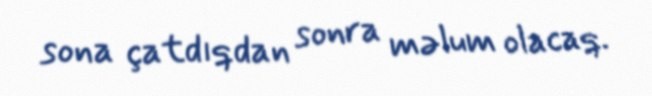
sona çatdıqdan sonra məlum olacaq.